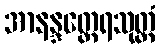
အာနန္ဒတ္ထေရသုတ္တံ